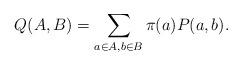
LaTeX: \begin{align*} Q(A,B) = \sum_{a\in A, b\in B} \pi(a) P(a,b).\end{align*}